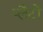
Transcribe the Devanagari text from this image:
प्लैटों